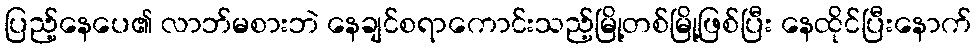
ပြည့်နေပေ၏ လာဘ်မစားဘဲ နေချင်စရာကောင်းသည့်မြို့တစ်မြို့ဖြစ်ပြီး နေထိုင်ပြီးနောက်